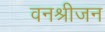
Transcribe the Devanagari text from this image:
वनश्रीजन